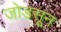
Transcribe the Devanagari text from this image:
जोडसून